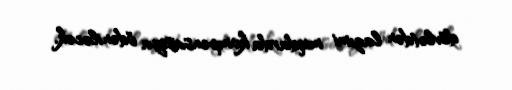
dövlətdən lazımi miqdarda kompensasiya ödəniləcək.